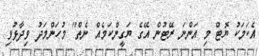
އެކަމަކު ޔޮޓް މި އަންނަ ރޭޓުން އޭގެ ޔަގީންކަމެއް ނެތް" މުހަންމަދު ވިދާޅުވި